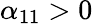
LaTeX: \alpha_{11}>0